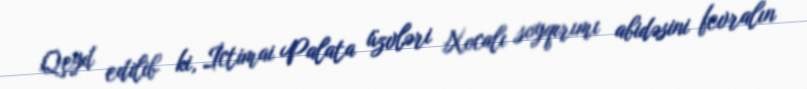
Qeyd edilib ki, İctimai Palata üzvləri Xocalı soyqırımı abidəsini fevralın